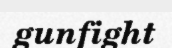
gunfight